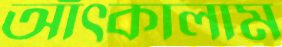
আঁৎকালাম